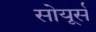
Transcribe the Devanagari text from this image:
सोयूर्स